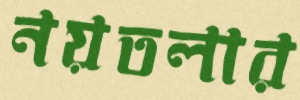
নয়তলার